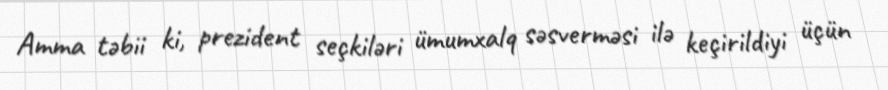
Amma təbii ki, prezident seçkiləri ümumxalq səsverməsi ilə keçirildiyi üçün